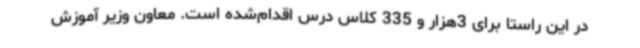
در این راستا برای 3هزار و 335 کلاس درس اقدام‌شده است. معاون وزیر آموزش